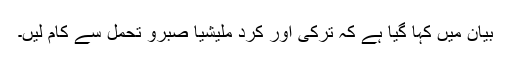
بیان میں کہا گیا ہے کہ ترکی اور کرد ملیشیا صبرو تحمل سے کام لیں۔